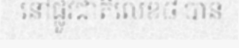
នៅផ្លូវជាតិលេខ៨ បាន